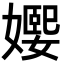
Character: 𡢰